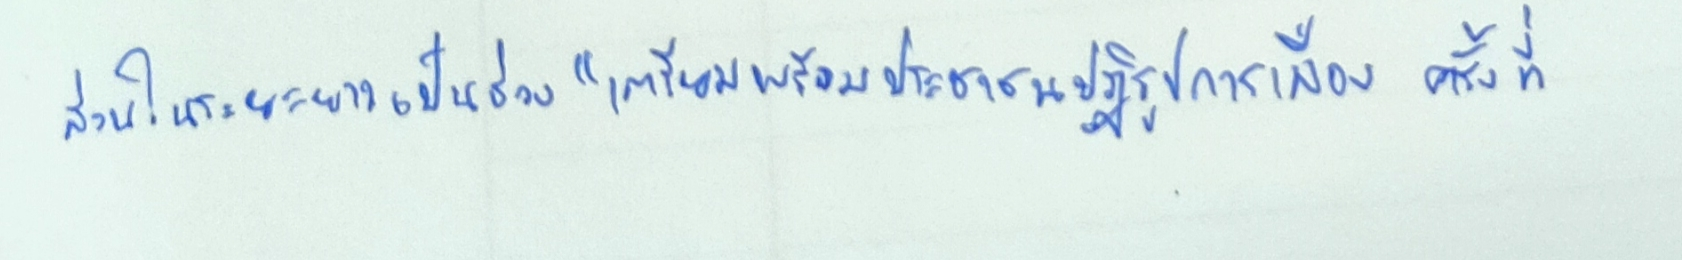
ส่วนในระยะยาวเป็นช่วง"เตรียมพร้อมประชาชนปฏิรูปการเมืองครั้งที่